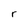
Character: r